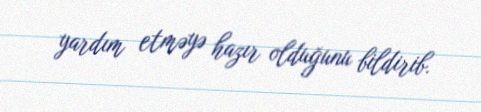
yardım etməyə hazır olduğunu bildirib.